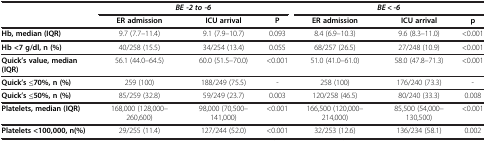
<table><thead><tr><td rowspan="2"><b> </b></td><td colspan="3"><b><i>BE -2 to -6</i></b></td><td colspan="3"><b><i>BE &lt; -6</i></b></td></tr><tr><td><b>ER admission</b></td><td><b>ICU arrival</b></td><td><b>P</b></td><td><b>ER admission</b></td><td><b>ICU arrival</b></td><td><b>p</b></td></tr></thead><tbody><tr><td><b>Hb, median (IQR)</b></td><td>9.7 (7.7–11.4)</td><td>9.1 (7.9–10.7)</td><td>0.093</td><td>8.4 (6.9–10.3)</td><td>9.6 (8.3–11.0)</td><td>&lt;0.001</td></tr><tr><td><b>Hb &lt;7 g/dl, n (%)</b></td><td>40/258 (15.5)</td><td>34/254 (13.4)</td><td>0.055</td><td>68/257 (26.5)</td><td>27/248 (10.9)</td><td>&lt;0.001</td></tr><tr><td><b>Quick’s value, median</b><b>(IQR)</b></td><td>56.1 (44.0–64.5)</td><td>60.0 (51.5–70.0)</td><td>&lt;0.001</td><td>51.0 (41.0–61.0)</td><td>58.0 (47.8–71.3)</td><td>&lt;0.001</td></tr><tr><td><b>Quick’s ≤70%, n (%)</b></td><td>259 (100)</td><td>188/249 (75.5)</td><td>-</td><td>258 (100)</td><td>176/240 (73.3)</td><td>-</td></tr><tr><td><b>Quick’s ≤50%, n (%)</b></td><td>85/259 (32.8)</td><td>59/249 (23.7)</td><td>0.003</td><td>120/258 (46.5)</td><td>80/240 (33.3)</td><td>0.008</td></tr><tr><td><b>Platelets, median (IQR)</b></td><td>168,000 (128,000–260,600)</td><td>98,000 (70,500–141,000)</td><td>&lt;0.001</td><td>166,500 (120,000–214,000)</td><td>85,500 (54,000–130,500)</td><td>&lt;0.001</td></tr><tr><td><b>Platelets &lt;100,000, n(%)</b></td><td>29/255 (11.4)</td><td>127/244 (52.0)</td><td>&lt;0.001</td><td>32/253 (12.6)</td><td>136/234 (58.1)</td><td>0.002</td></tr></tbody></table>